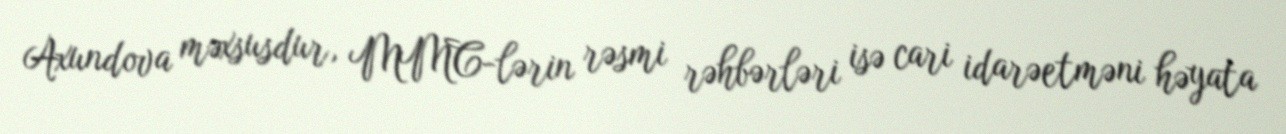
Axundova məxsusdur, MMC-lərin rəsmi rəhbərləri isə cari idarəetməni həyata